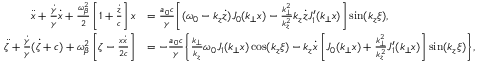
\begin{array} { r l } { \ddot { x } + \frac { \dot { \gamma } } { \gamma } \dot { x } + \frac { \omega _ { \beta } ^ { 2 } } { 2 } \left[ 1 + \frac { \dot { z } } { c } \right] x } & { = \frac { a _ { 0 } c } { \gamma } \Bigg [ ( \omega _ { 0 } - k _ { z } \dot { z } ) J _ { 0 } ( k _ { \perp } x ) - \frac { k _ { \perp } ^ { 2 } } { k _ { z } ^ { 2 } } k _ { z } \dot { z } J _ { 1 } ^ { \prime } ( k _ { \perp } x ) \Bigg ] \sin ( k _ { z } \xi ) , } \\ { \ddot { \zeta } + \frac { \dot { \gamma } } { \gamma } ( \dot { \zeta } + c ) + \omega _ { \beta } ^ { 2 } \left[ \zeta - \frac { x \dot { x } } { 2 c } \right] } & { = - \frac { a _ { 0 } c } { \gamma } \Bigg \{ \frac { k _ { \perp } } { k _ { z } } \omega _ { 0 } J _ { 1 } ( k _ { \perp } x ) \cos ( k _ { z } \xi ) - k _ { z } \dot { x } \left[ J _ { 0 } ( k _ { \perp } x ) + \frac { k _ { \perp } ^ { 2 } } { k _ { z } ^ { 2 } } J _ { 1 } ^ { \prime } ( k _ { \perp } x ) \right] \sin ( k _ { z } \xi ) \Bigg \} , } \end{array}